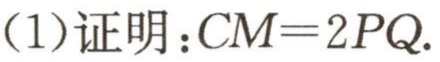
(1)证明：$CM = 2PQ$.